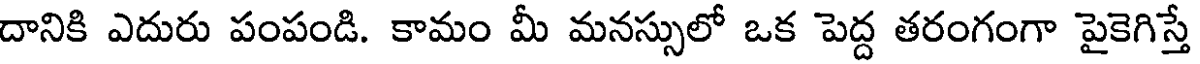
దానికి ఎదురు పంపండి. కామం మీ మనస్సులో ఒక పెద్ద తరంగంగా పైకెగిస్తే